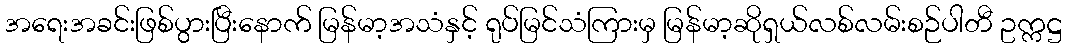
အရေးအခင်းဖြစ်ပွားပြီးနောက် မြန်မာ့အသံနှင့် ရုပ်မြင်သံကြားမှ မြန်မာ့ဆိုရှယ်လစ်လမ်းစဉ်ပါတီ ဥက္ကဋ္ဌ